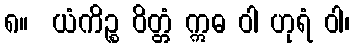
၈။  ယံကိဉ္စ ဝိတ္တံ ဣဓ ဝါ ဟုရံ ဝါ၊